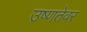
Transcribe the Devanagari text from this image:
उष्णतेवर